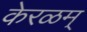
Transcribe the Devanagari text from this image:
केरळम्